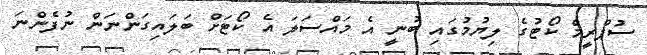
ސުޕްރީމް ކޯޓުގެ ލިޔުމުގައި ބުނީ އެ މައްސަލަ އެ ކޯޓަށް ބަލައިގަންނަން ނުފެންނަ